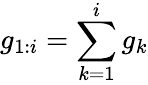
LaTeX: g_{1:i}=\sum_{k=1}^{i}g_{k}